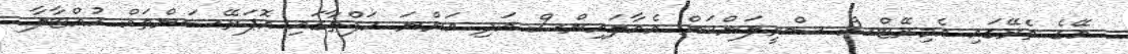
އޭގެ ތެރޭގައި އެމިރޭޓްސް ސްރީލަންކަން އެއާލައިންސް އަދި އަންނަ ހަފްތާގައި އޮޕަރޭޝަންތައް ހުއްޓާލާ